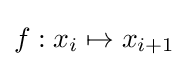
f:x_{i}\mapsto x_{i+1}